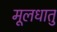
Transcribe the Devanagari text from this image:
मूलधातु